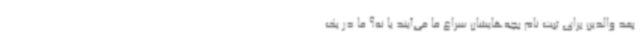
بعد والدین برای ثبت نام بچه‌هایشان سراغ ما می‌آیند یا نه؟ ما در یک